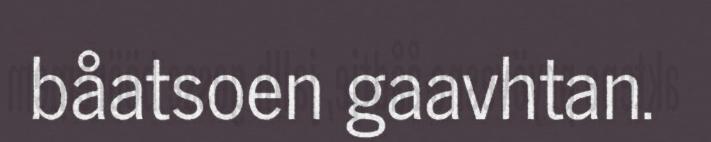
båatsoen gaavhtan.